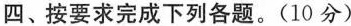
四、按要求完成下列各题.(10分)